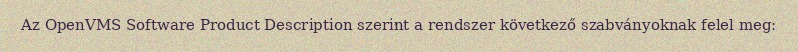
Az OpenVMS Software Product Description szerint a rendszer következő szabványoknak felel meg: